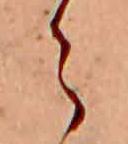
ら